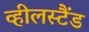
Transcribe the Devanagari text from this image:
व्हीलस्टैंड